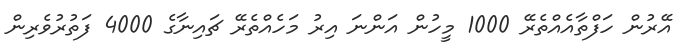
އޭރުން ހަފްތާއެއްތެރޭ 1000 މީހުން އަންނަ އިރު މަހެއްތެރޭ ޗައިނާގެ 4000 ފަތުރުވެރިން